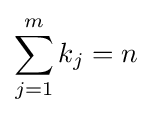
\sum _{j=1}^{m}k_{j}=n